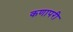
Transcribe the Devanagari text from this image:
कणापरी